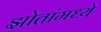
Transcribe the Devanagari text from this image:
झोतांमध्ये